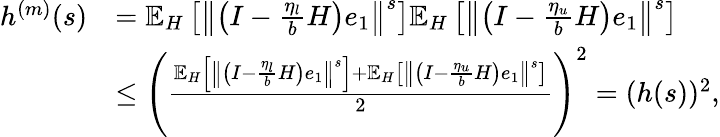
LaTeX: \begin{array}{rl}{h^{(m)}(s)}&{=\mathbb{E}_{H}\left[\left\Vert\left(I-\frac{\eta_{l}}{b}H\right)e_{1}\right\Vert^{s}\right]\mathbb{E}_{H}\left[\left\Vert\left(I-\frac{\eta_{u}}{b}H\right)e_{1}\right\Vert^{s}\right]}\\ &{\leq\left(\frac{\mathbb{E}_{H}\left[\left\Vert\left(I-\frac{\eta_{l}}{b}H\right)e_{1}\right\Vert^{s}\right]+\mathbb{E}_{H}\left[\left\Vert\left(I-\frac{\eta_{u}}{b}H\right)e_{1}\right\Vert^{s}\right]}{2}\right)^{2}=(h(s))^{2},}\end{array}